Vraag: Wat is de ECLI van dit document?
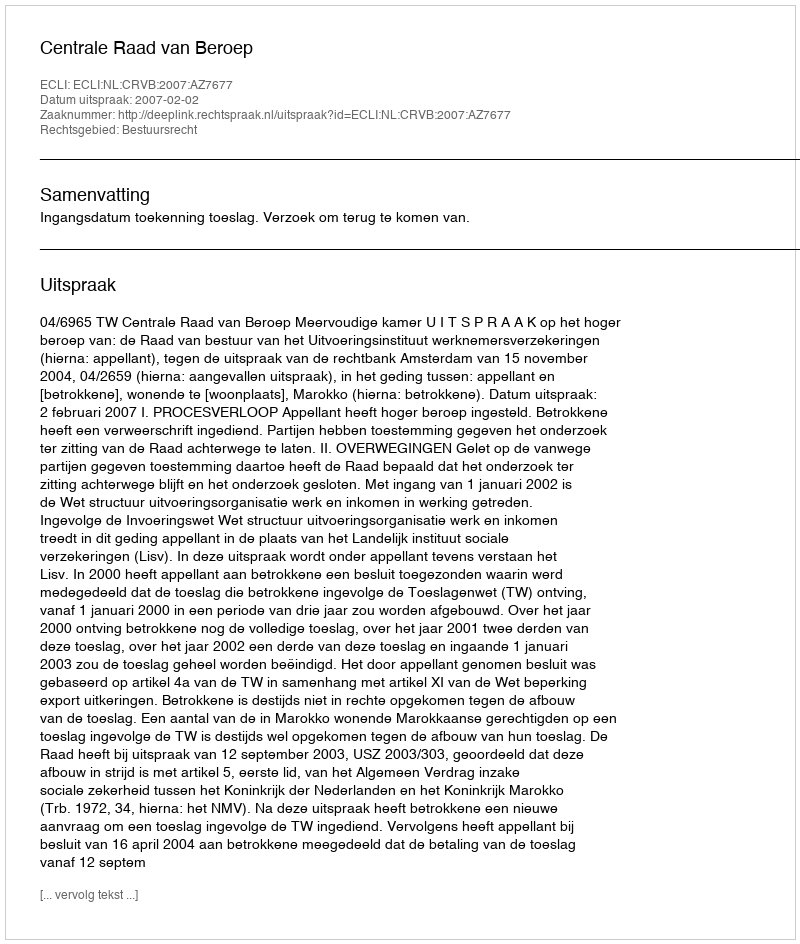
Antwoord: ECLI:NL:CRVB:2007:AZ7677